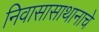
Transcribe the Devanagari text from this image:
निवासासाथानाचे